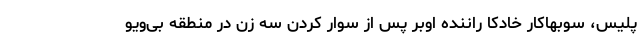
پلیس، سوبهاکار خادکا راننده اوبر پس از سوار کردن سه زن در منطقه بی‌ویو